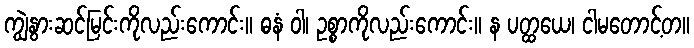
ကျွဲနွားဆင်မြင်းကိုလည်းကောင်း။ ဓနံ ဝါ၊ ဥစ္စာကိုလည်းကောင်း။ န ပတ္ထယေ၊ ငါမတောင့်တ။